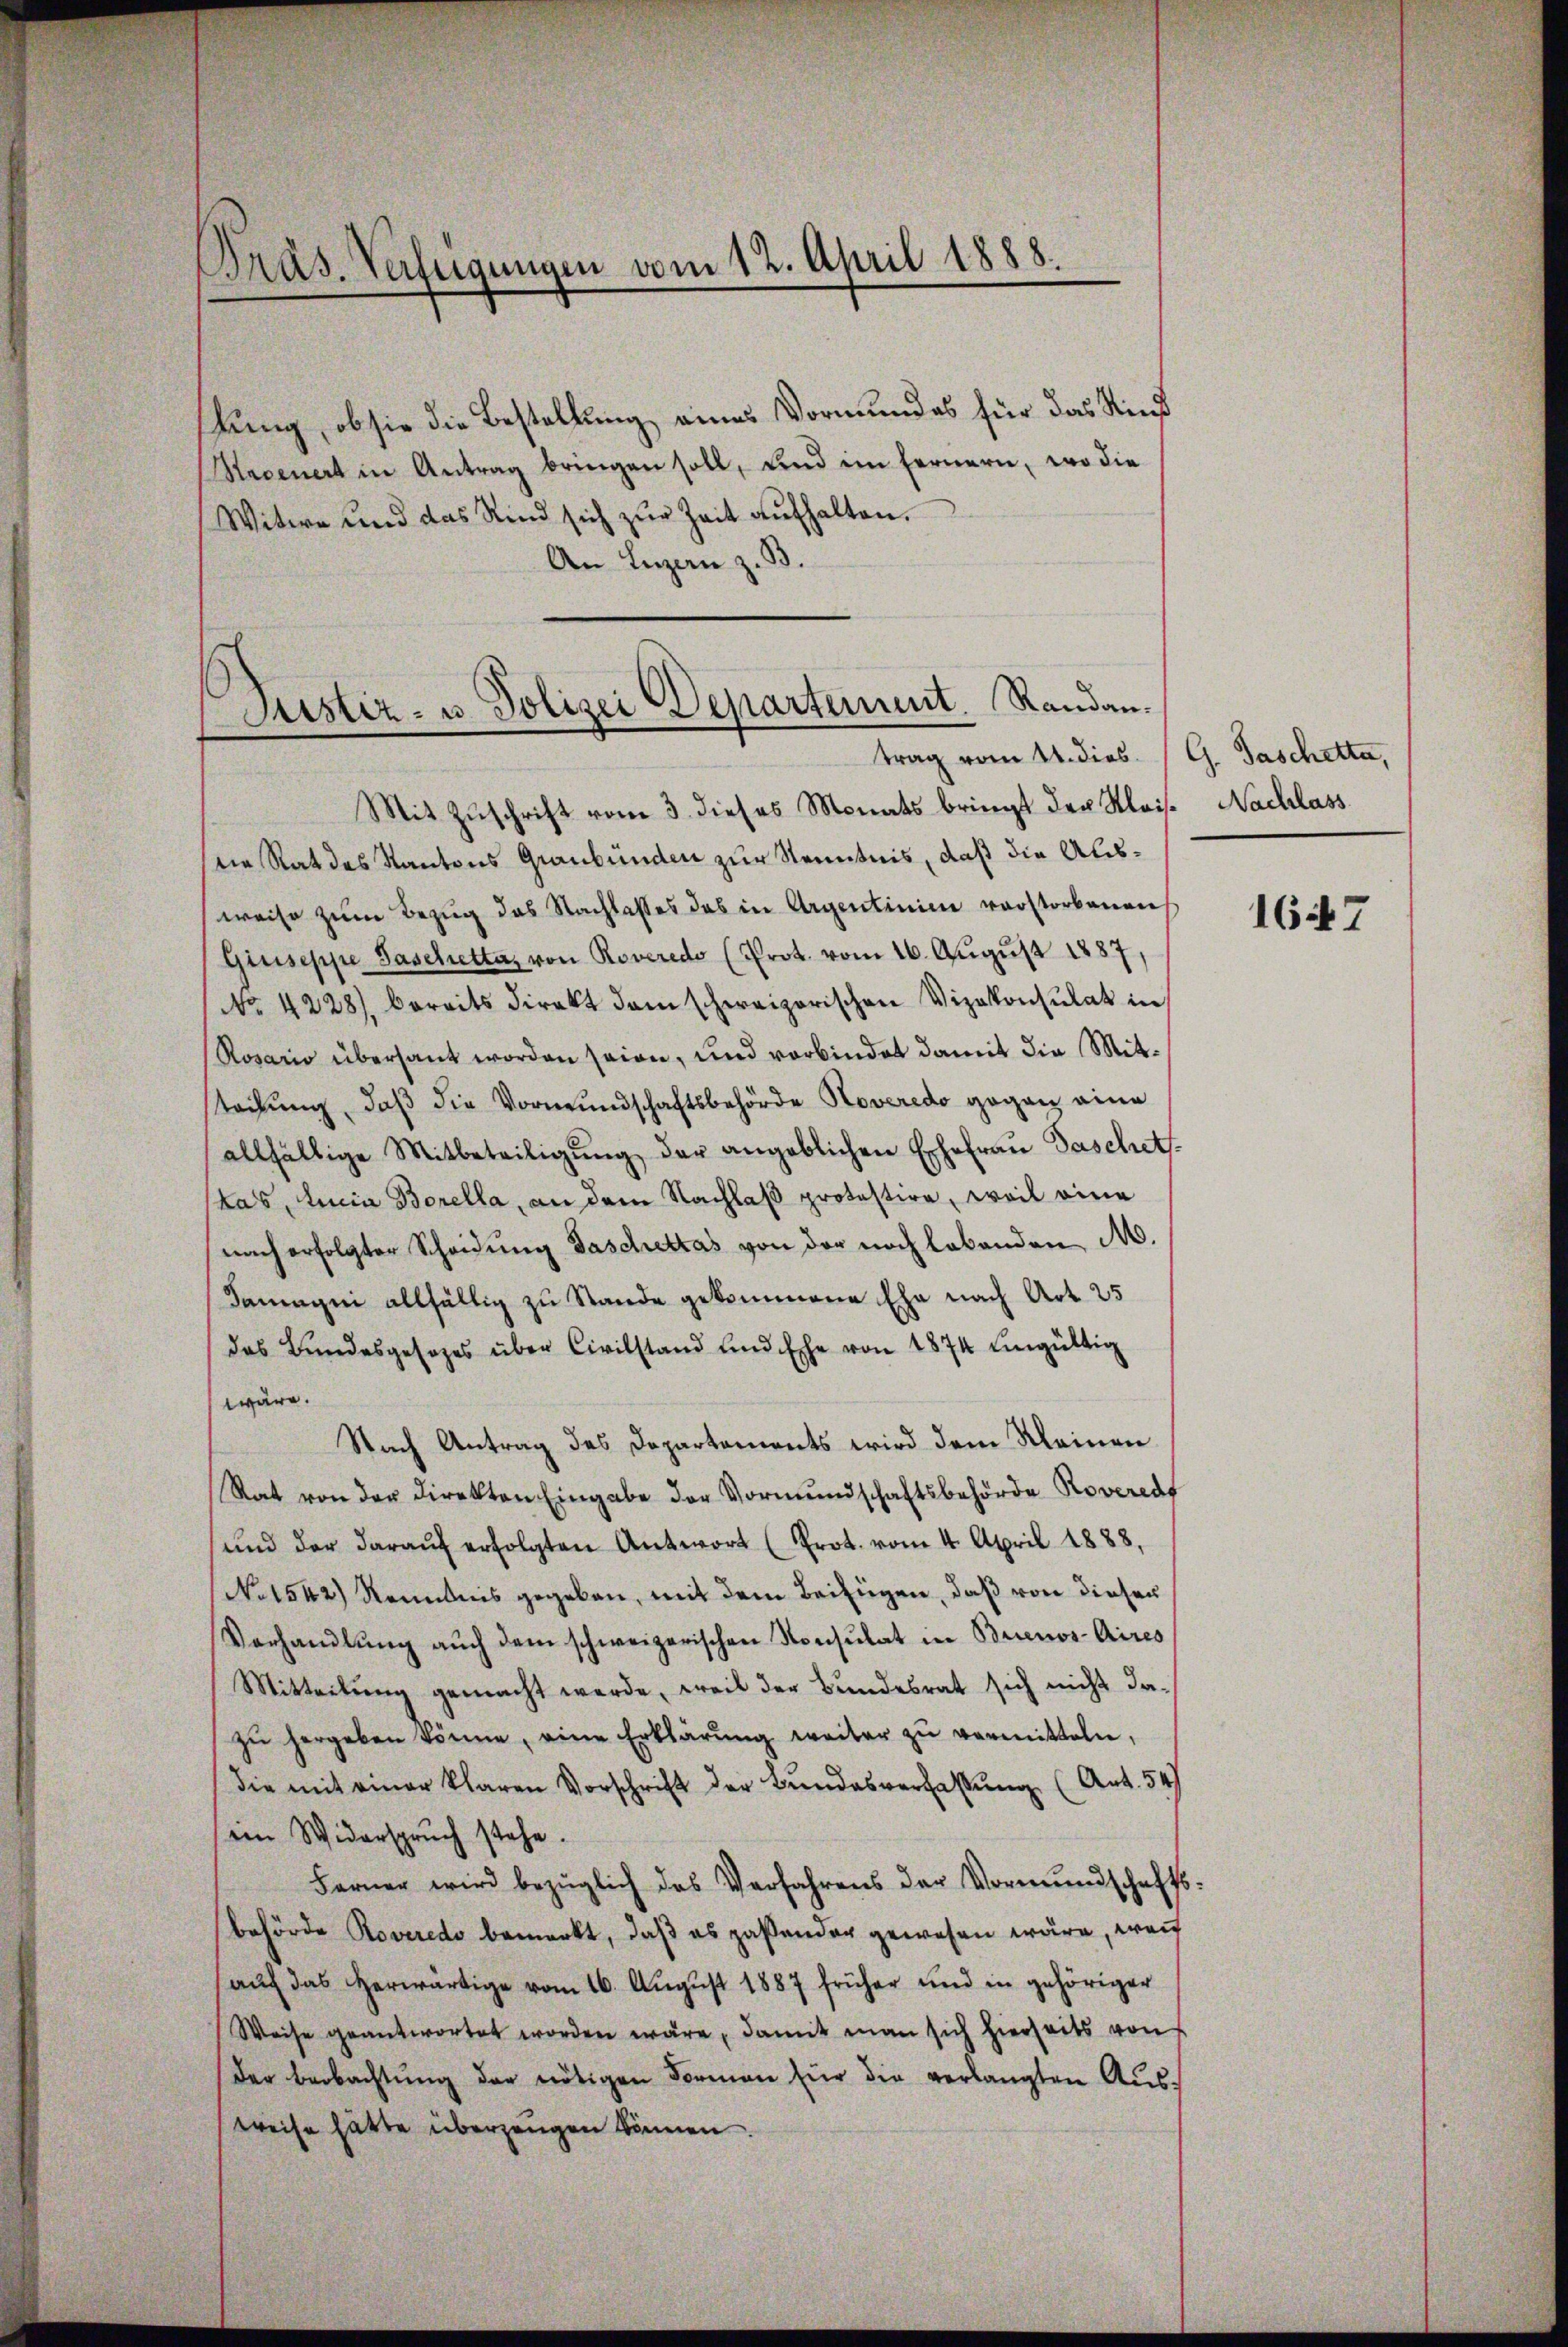
Präs. Verfügungen vom 12. April 1888.

lung, ob sie die Bestellung eines Vormundes für das Kind
Ravenert in Antrag bringen soll, und im fernern, wo die
Witwe und das Kind sich zur Zeit aufhalten.
An Luzern z. B.

Justiz- u. Polizei Departement. Randantrag vom 14. dies. (G. Taschetta,
Mit Zuschrift vom 3. dieses Monats bringt der Klais. Nachlass

die Rat des Kantons Graubünden zur Kenntnis, daß die Ausweise zum Bezug das Nachlasses das in Argentinien verstorbenen
Giuseppe Taschetta, von Roveredo (Prot. vom 16. Aŭgŭst 1887,
No 4228) bereits direkt dem schweizerischen Vizekonsulat in
Rosario übersaut worden seien, und verbindet damit die Mitsteilung, daß die Vormundschaftsbehörde Noveredo gegen eine
allfällige Mitbeteiligŭng der angeblichen Ehefraŭ Paschet
kas, licia Borella, an dem Nachlaß protestire, weil eine
nach erfolgter Scheidung Faschettas von der noch lebenden M.
damagni allfällig zu Stande gekommene Ehe nach Art. 25
das Bundesgesezes über Civilstand und Ehe von 1874 ungültig
wäre.
Nach Antrag des Departements wird dem Kleinen
Rat von der Direkten Eingabe der Vormundschaftsbehörde Rovereds
und der daraŭf erfolgten Antwort (Prot. vom 4. April 1888.
No 1542) Nenntnis gegeben, mit dem Beifügen, daß von diesen
Verhandlung auch dem schweizerischen Konsulat in Brienos-Aires
Mitteilung gemacht werde, weil der Bundesrat sich nicht dazŭ hergeben könne, eine Erklärŭng weiter zŭ vermitteln,
die mit einer klaren Vorschrift der Bŭndesverfassung (Art. 54
ein Widerspruch stehe.
Ferner wird bezüglich das Verfahrens der Vormŭndschafts-
behörde Roveredo bemerkt, daß es paßender gewesen wäre, weil
aŭf das herwärtige vom 16. August 1887 früher und in gehöriger
Weise geantwortet worden wäre, damit man sich hierseits von
Der Beobachtŭng der nötigen Formen für die verlangten Aŭs-
wreise hätte überzeugen können.

1647